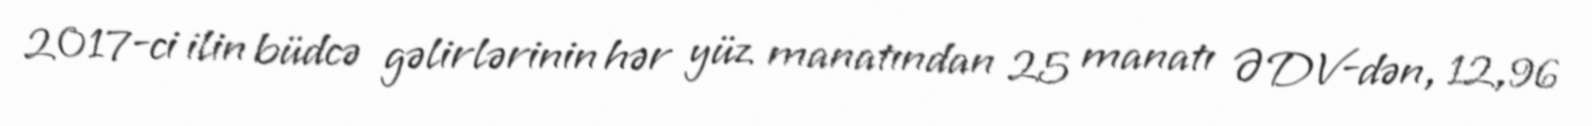
2017-ci ilin büdcə gəlirlərinin hər yüz manatından 25 manatı ƏDV-dən, 12,96